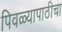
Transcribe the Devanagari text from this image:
पिवळ्यापाठीचा